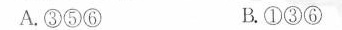
A.③⑤⑥ B.①③⑥